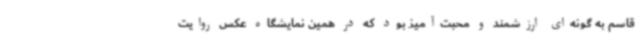
قاسم به گونه‌ای ارزشمند و محبت‌آمیز بود که در همین نمایشگاه عکس روایت